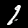
Label: 1